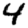
Digit: 4